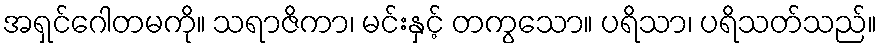
အရှင်ဂေါတမကို။ သရာဇိကာ၊ မင်းနှင့် တကွသော။ ပရိသာ၊ ပရိသတ်သည်။